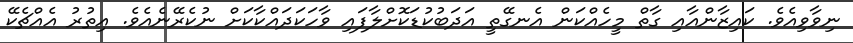
ނިވާވިއެވެ. ކައިޒާންއާއި ގާތް މީހެއްކަން އެނގޭތީ އަދަބުކުޑަކޮށްލާފައި ވާހަކަދައްކާކަށް ނުކެރޭނެއެވެ. އިތުރު އެއްޗެކޭ